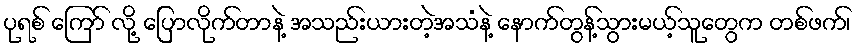
ပုရစ် ကြော် လို့ ပြောလိုက်တာနဲ့ အသည်းယားတဲ့အသံနဲ့ နောက်တွန့်သွားမယ့်သူတွေက တစ်ဖက်၊